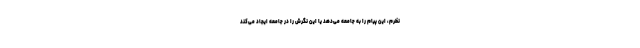
نظرم، این پیام را به جامعه می‌دهد یا این نگرش را در جامعه ایجاد می‌کند